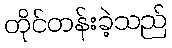
တိုင်တန်းခဲ့သည်